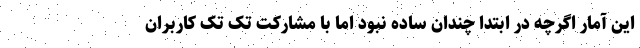
این آمار اگرچه در ابتدا چندان ساده‌ نبود اما با مشارکت تک تک کاربران